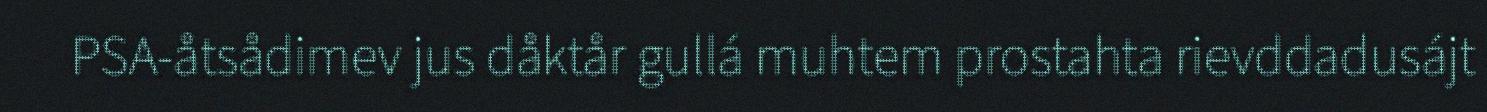
PSA-åtsådimev jus dåktår gullá muhtem prostahta rievddadusájt